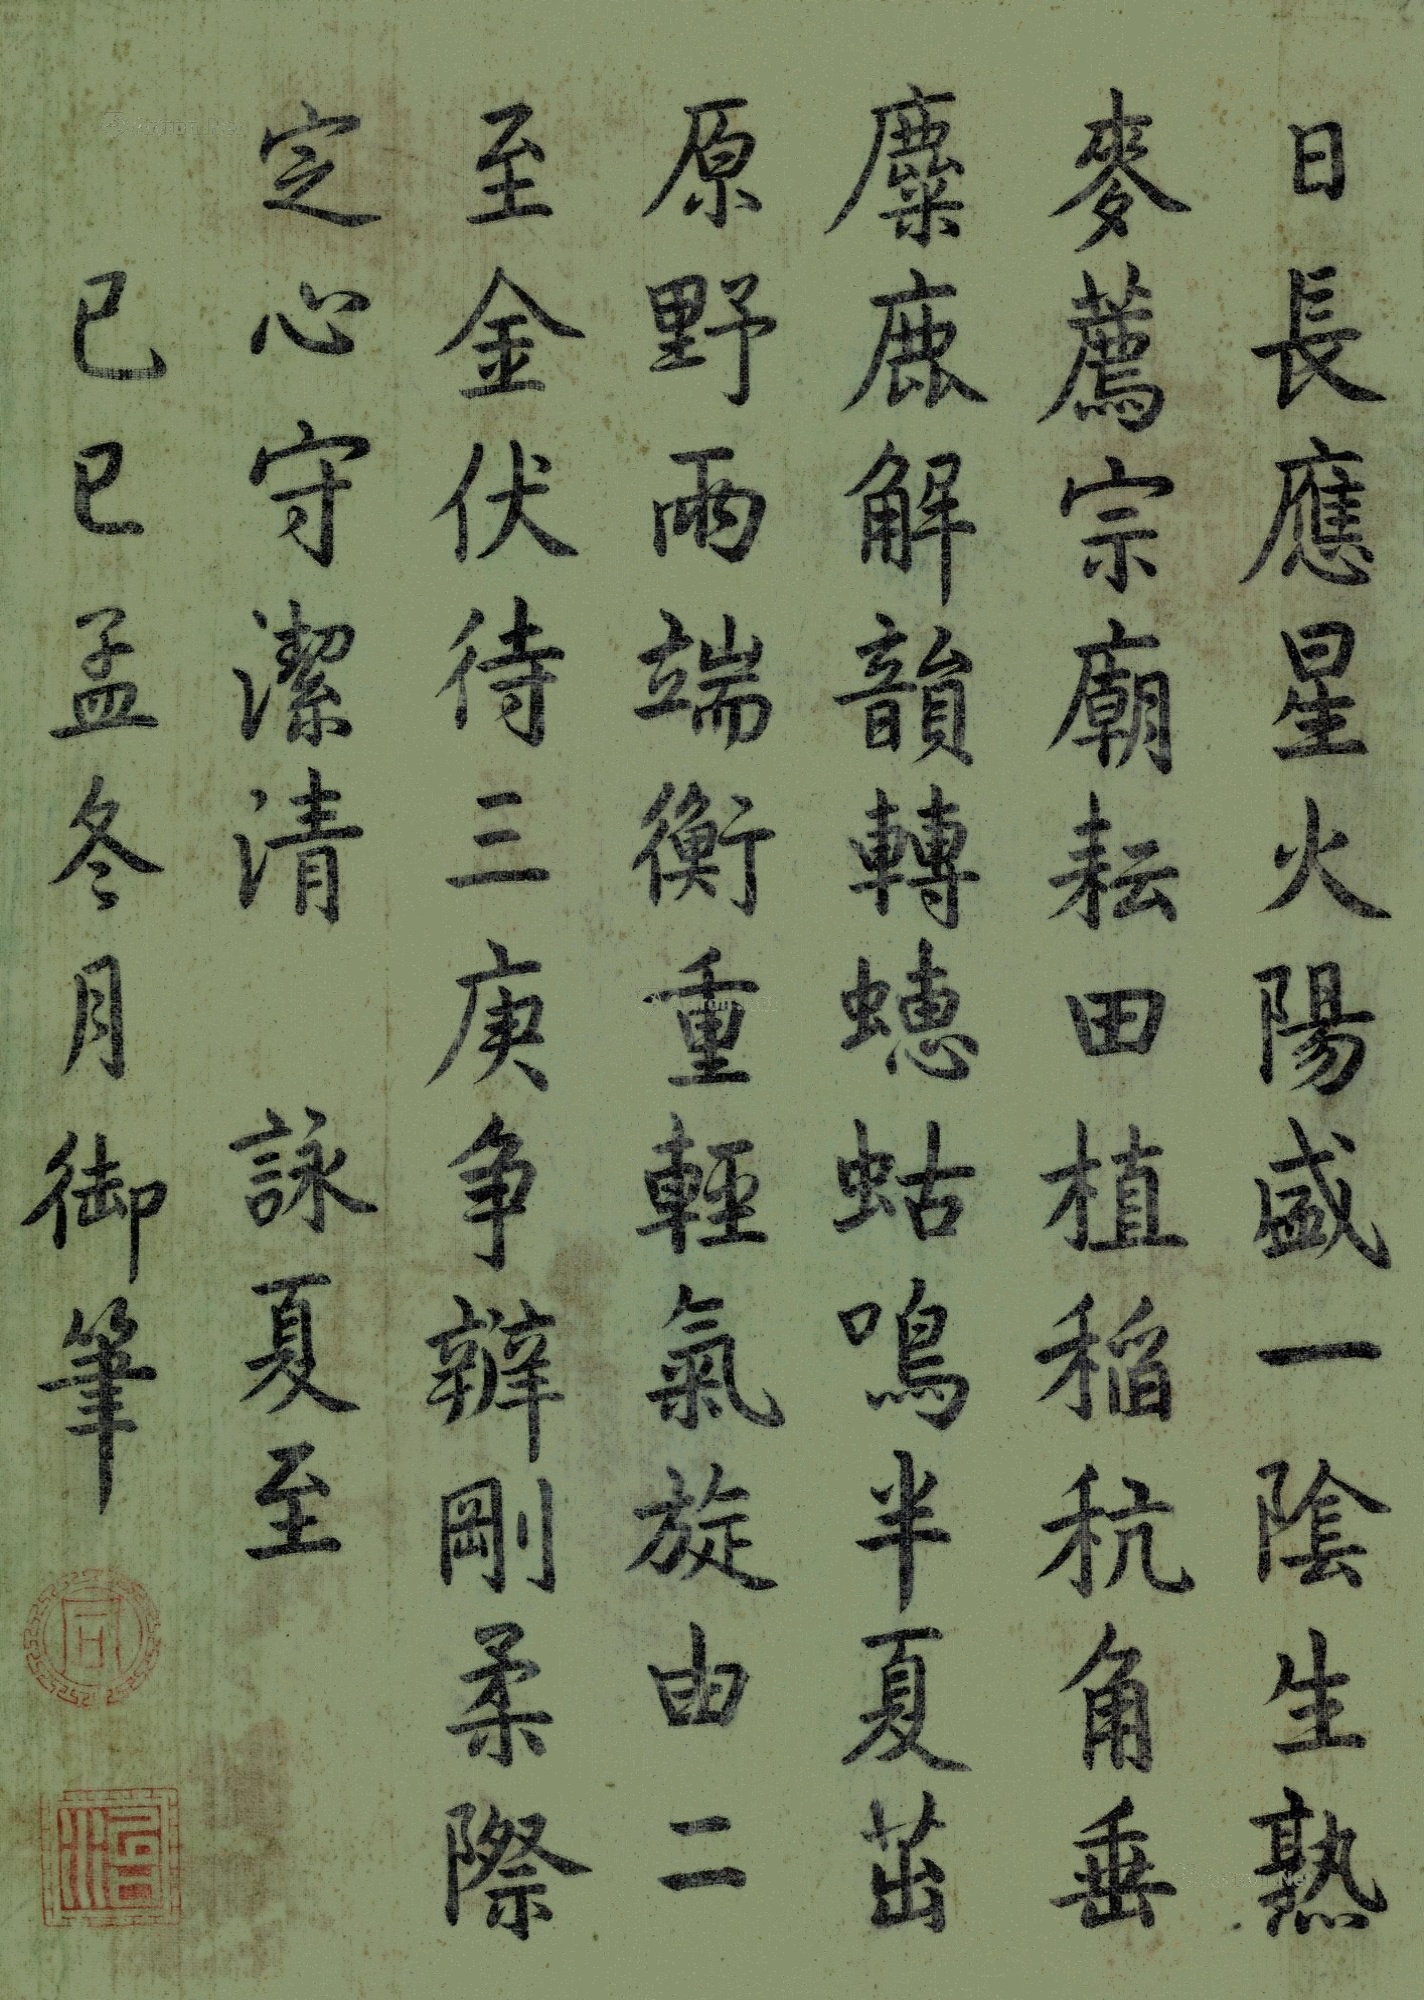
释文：日长应星火，阳盛一阴生。熟麦荐宗庙，耘田植稻秔。角垂麋鹿解，韵转蟪蛄鸣。半夏茁原野，雨端衡重轻。气旋由二至，金伏待三庚。争辨刚柔际，定心守洁清。咏夏至。己巳孟冬月御笔。